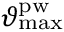
\vartheta _ { \mathrm { m a x } } ^ { \mathrm { p w } }